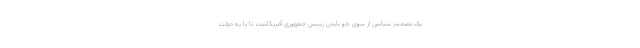
یک تصمیم سیاسی از سوی جو بایدن رییس جمهوری آمریکاست تا یا به دولت